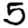
Digit: 5